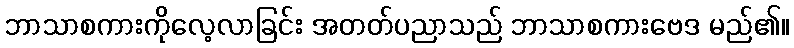
ဘာသာစကားကိုလေ့လာခြင်း အတတ်ပညာသည် ဘာသာစကားဗေဒ မည်၏။